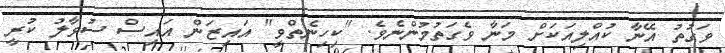
ވަގުތު އޭނާ ކުއްލިއަކަށް މަނާ ވެގަތުމުންނެވެ. "ކިހިނެތްވީ" އައިޒަން އައިސް ސުވާލު ކުރީ